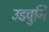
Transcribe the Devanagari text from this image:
उडवुनि